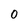
Character: 0